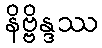
နိဗ္ဗိန္ဒဿ